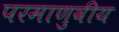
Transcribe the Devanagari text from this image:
परमाणुवीय